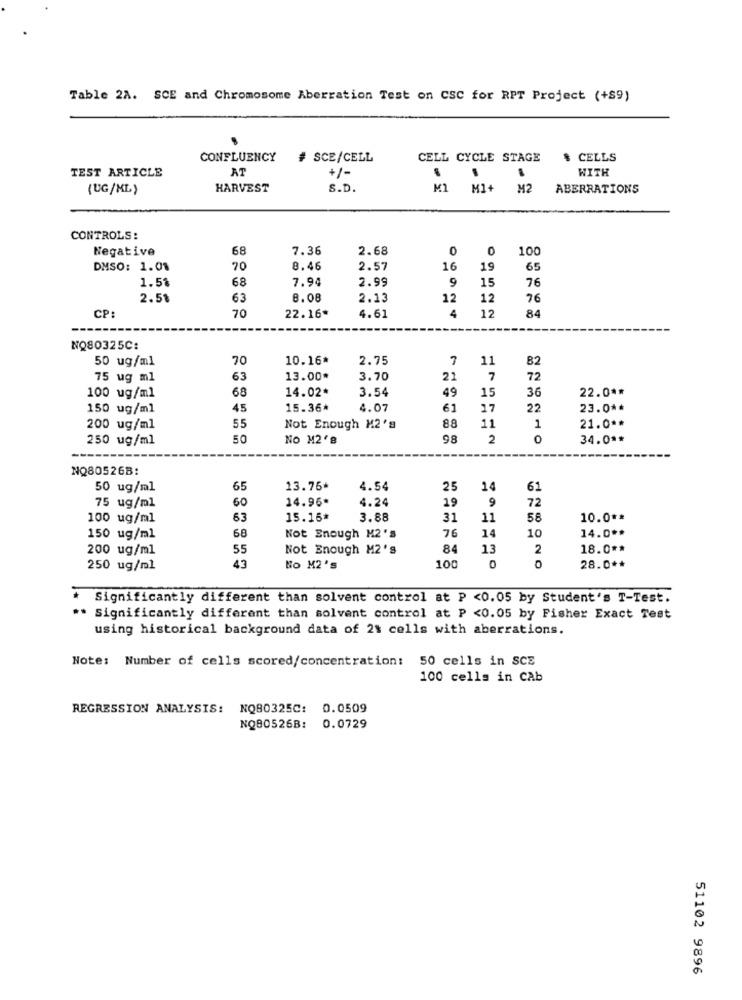
Table 2A. SCE and Chromosome Aberration Test on CSC for RPT Project (+89)
CONFLUENCY # SCE/CELL
CELL CYCLE STAGE
$ CELLS
AT
+/-
WITH
TEST ARTICLE
(UG/ML)
HARVEST
S.D.
Ml M1+ M2
ABERRATIONS
CONTROLS:
Negative
68
7.36
2.68
0
100
DMSO: 1.01
70
8.46
2.57
16
19
65
1.5%
68
7.94
2.99
9
15
76
2.51
63
8.08
2.13
12
12
76
4
12
CP:
70
22.16*
4.61
84
---
NQ80325C:
50 ug/ml
70
10.16*
2.75
7
11
82
75 ug ml
63
13.00*
3.70
21
7
72
68
14.02*
3.54
49
15
36
22.0 **
100 ug/ml
150 ug/ml
45
15.36*
2.07
61
17
22
23.0 **
200 ug/ml
55
Not Enough M2's
88
11
1
21.0 **
250 ug/ml
50
No M2'8
98
2
0
34.0 **
NQ80526B:
50 ug/ml
65
13.75*
4.54
25
14
61
60
14.96*
4.24
9
72
75 ug/ml
19
100 ug/ml
63
15.16*
3.88
31
11
58
10.0 **
14.0 **
150 ug/ml
68
Not Enough M2'S
76
14
10
200 ug/ml
55
Not Enough M2's
84
13
2
18.0 **
43
250 ug/ml
No M2's
100
28.0 **
* Significantly different than solvent control at P <0.05 by Student's T-Test.
** Significantly different than solvent control at P <0.05 by Fisher Exact Test
using historical background data of 21 cells with aberrations.
Note: Number of cells scored/concentration: 50 cells in SCE
100 cells in CAb
REGRESSION ANALYSIS:
NQ80325C: 0.0509
NQ80526B: 0.0729
51102 9896